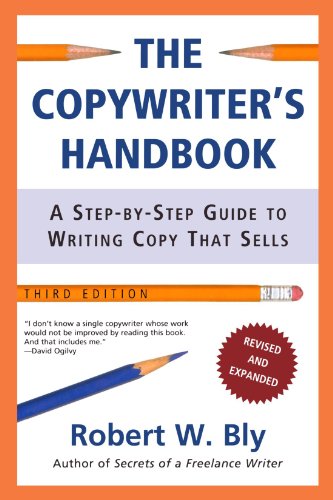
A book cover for The Copywriter's Handbook: A Step-By-Step Guide To Writing Copy That Sells; Robert W. Bly; Business & Money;